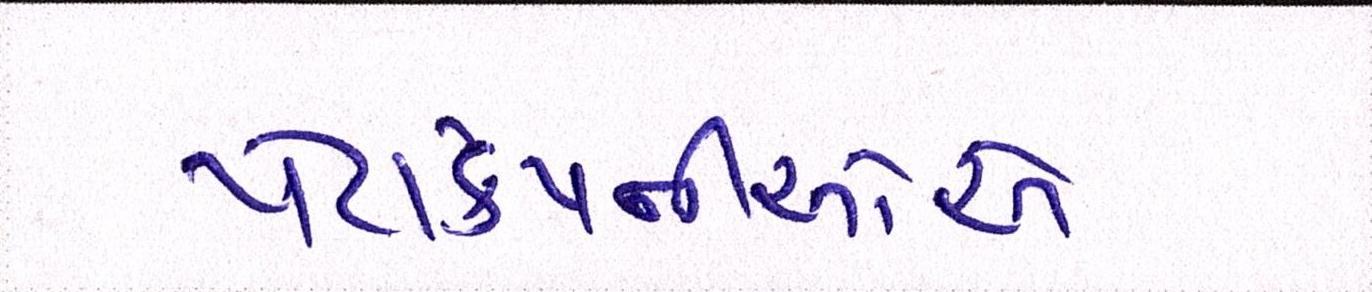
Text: પેટાકંપનીઓએ